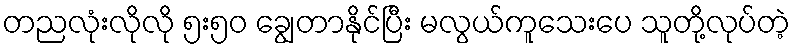
တညလုံးလိုလို ၅း၅၀ ချွေတာနိုင်ပြီး မလွယ်ကူသေးပေ သူတို့လုပ်တဲ့